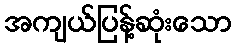
အကျယ်ပြန့်ဆုံးသော